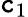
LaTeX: \mathtt{c}_{1}